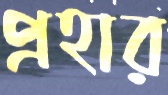
প্রহার